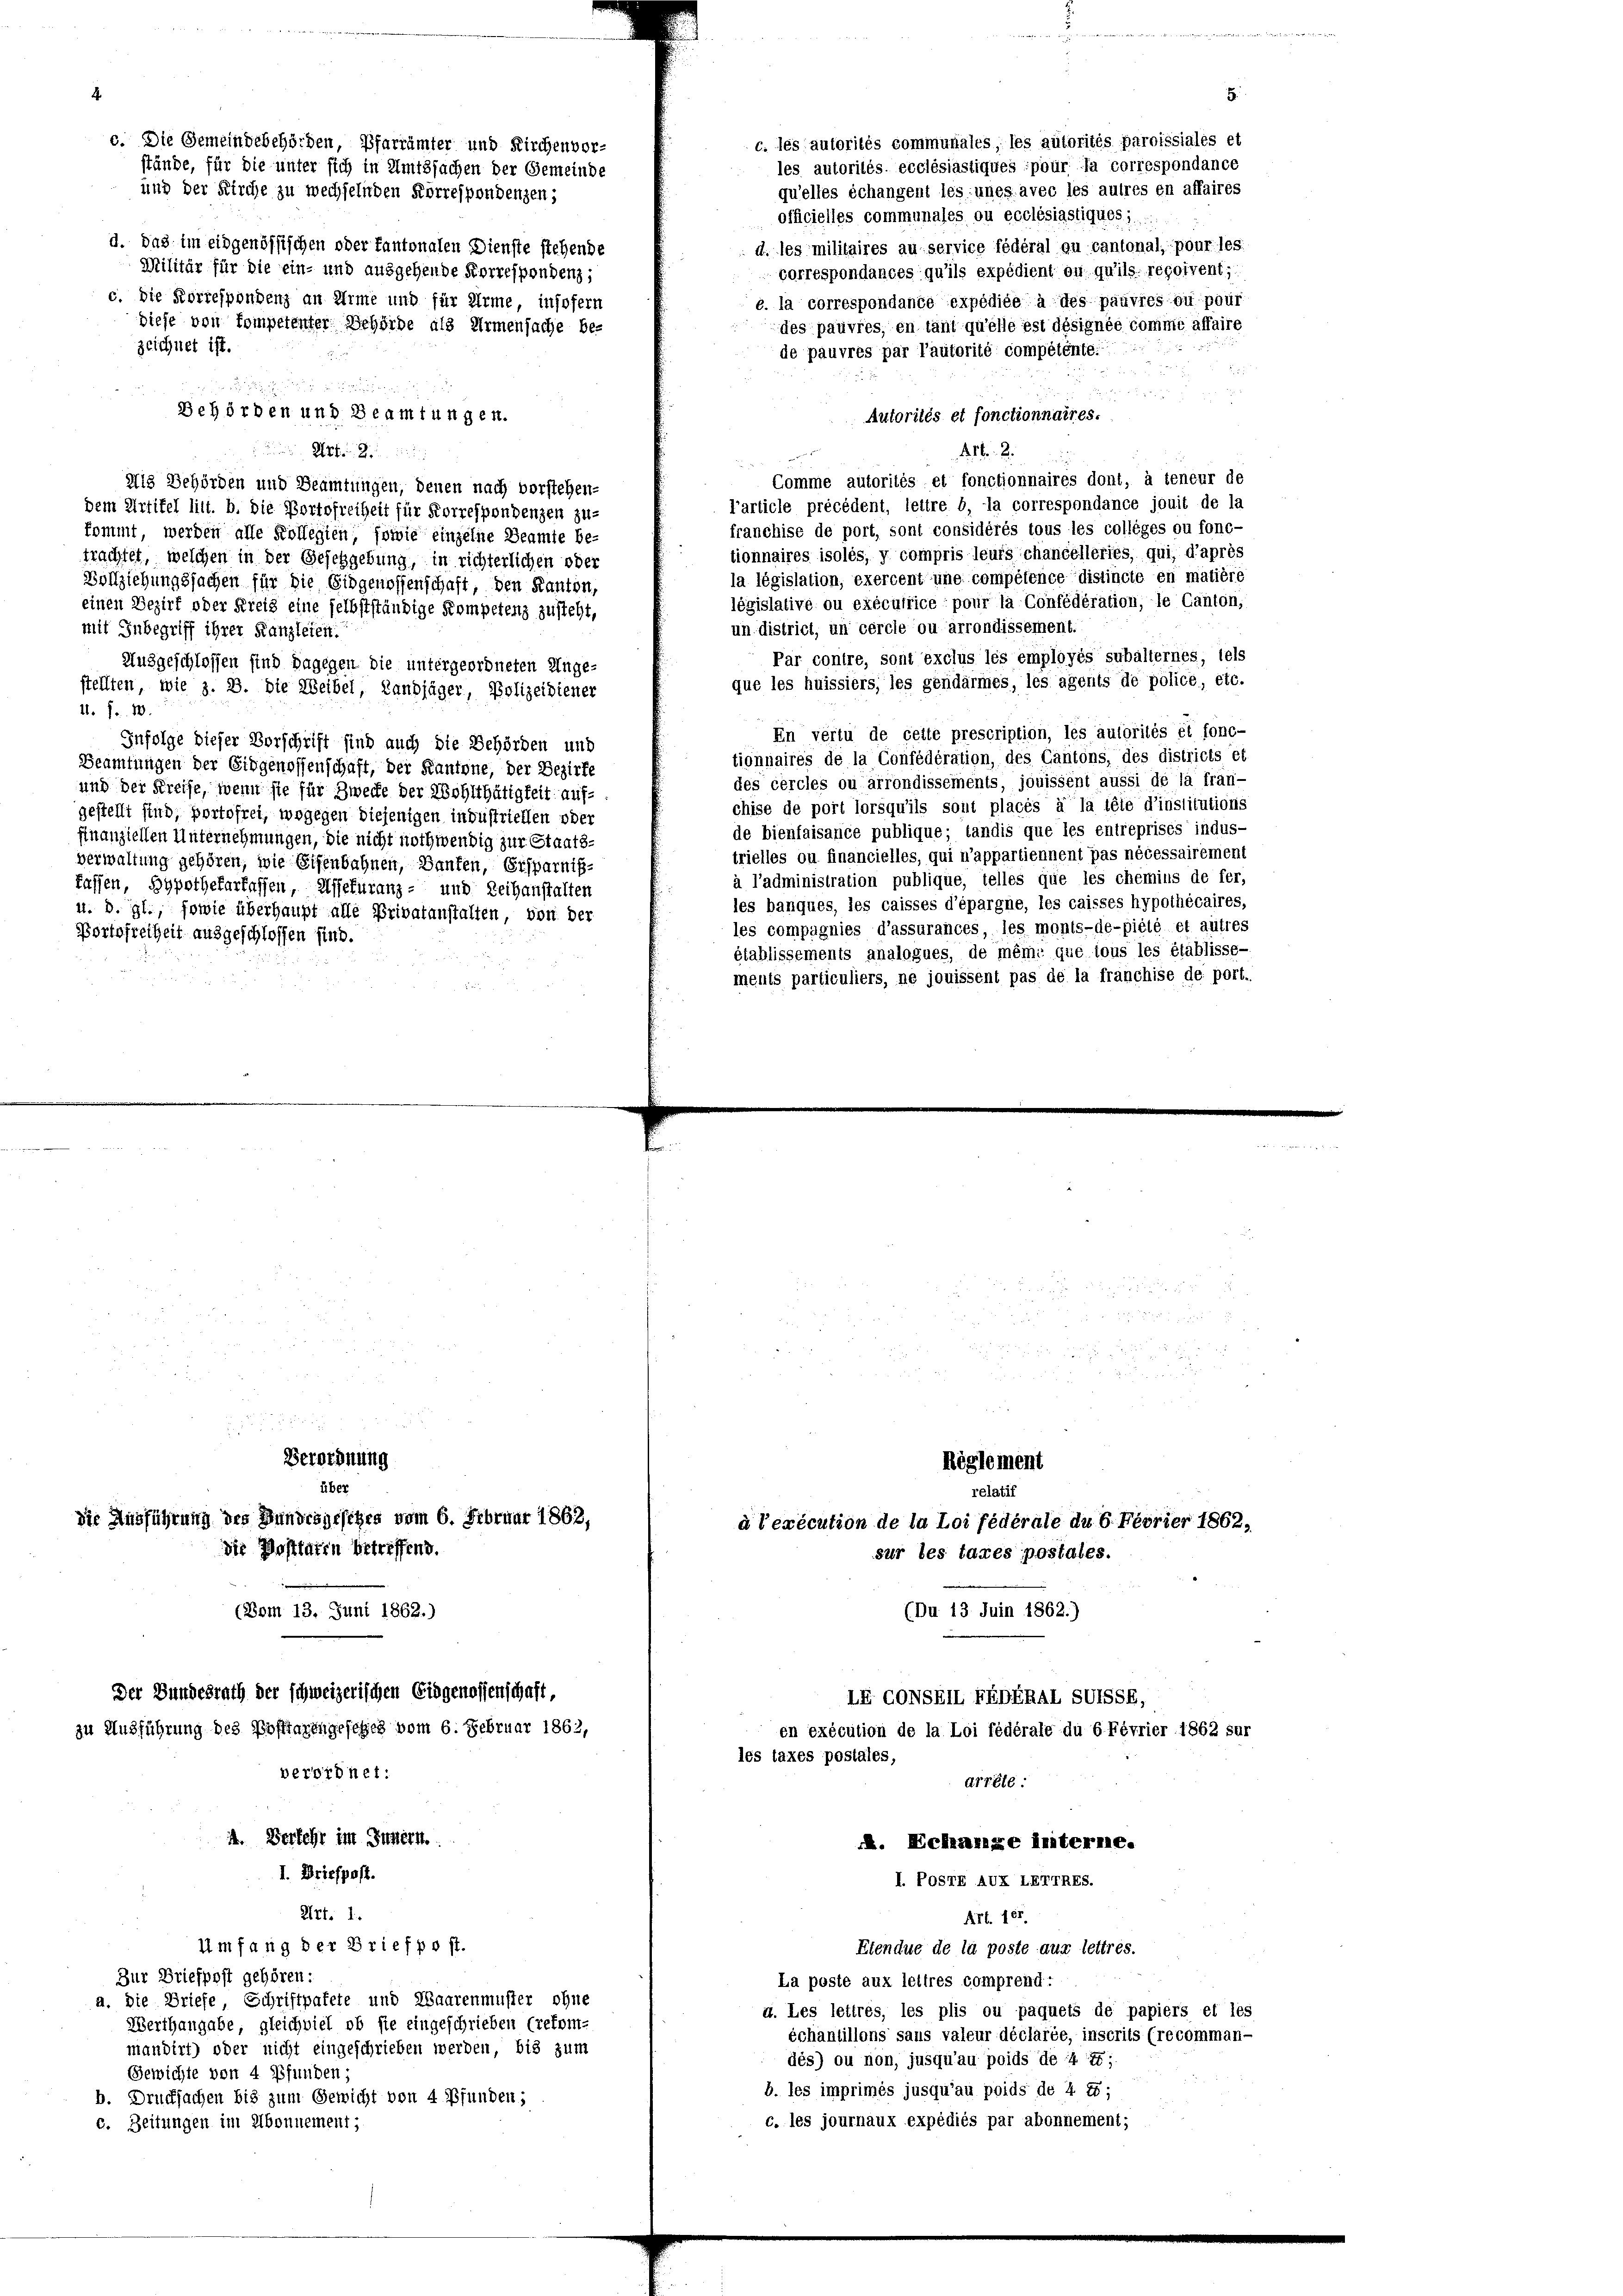
u
Behörden und Beamtungen.
 Reben den mit
Als Behörden und Beamtungen, denen nach vorstehen-
dem Artikel litt. b. die Portofreiheit für Korrespondenzen zu-
kommt werden alle Kollegien, sowie einzelne Beamte be
trachtet, welchen in der Gesetzgebung, in richterlichen oder
Vollziehungssach
i. Die Eidgenossenschaft, den Kanton,
einen Bezirk oder
ine selbstständige Kompetenz zusteht,
mit Inbegriff ihrer Kanzleien.
Ausgeschlossen sind dagegen die untergeordneten Ange-
stellten, wie z. B. die Weibel, Landjäger, Polizeidiener
41. f. 10.
Infolge dieser Vorschrift sind auch die Behörden und
Beamtungen der Eidgenossenschaft, der Kantone, der Bezirke
und der Kreise, wenn sie für Zwecke der Wohlthätigkeit aufgestellt sind, portofrei, wogegen diejenigen industriellen oder
finanziellen Unternehmungen, die nicht nothwendig zur Staats-
verwaltung gehören, wie Eisenbahnen, Banken, Ersparniß-
fassen, Hypothekarkassen, Assekuranz- und Reihanstalten
u. d. gl., sowie überhaupt alle Privatanstalten, von der
Portofreiheit ausgeschlossen sind.

c. Die Gemeindebehörden, Pfarrämter und Kirchenvor-
stände, für die unter sich in Amtssachen der Gemeinde
und der Kirche zu wechselnden Korrespondenzen,
d. Das im eidgenössischen oder fantonalen Dienste stehende
Militär für die ein- und ausgehende Korrespendenz,
c. Die Korrespondenz an Arme und für Arme, insofern
diese von Kompetenter Behörde als Armensache be-
zeichnet ist

Verordnung
über
Die Ausführung des Bundesgesetzes vom 6. Februar 1862,
die Posttaten betreffend.
(Bom 13. Juni 1862.)
Der Bundesrath der schweizerischen Eidgenossenschaft,
zu Ausführung des Posttarengesetzes vom 6. Februar 1862,
verordnet:
4. Verkehr im Innern.

Art. 1.

I. Briefpost.

Umfang der Briefpost.
Zur Briefpost gehören:
a. Die Briefe Schriftpakete und Waarenmuster ohne
Werthangabe, gleichviel ob sie eingeschrieben (refom-
mandirt) oder nicht eingeschrieben werden, bis zum
Gewichte von 4 Pfunden
b. Drucksachen bis zum Gewicht von 4 Pfunden,
c. Zeitungen im Abonnement;

des pauvres, en tant qu’elle est désignée comme affaire
de pauvres par l’autorité compétente.
u
n
 2

Autorités et fonctionnaires.
2
Comme autorités et fonctionnaires dont, à teneur de
Particle précédent, leitre b, la correspondance jouit de la
franchise de port, sont considérés tous les colleges ou fonc-
tionnaires isolés, y compris leurs chancelleries, qui, d’après
la législation, exercent une compétence distincte en matière
législative ou exécutrice, pour la Confédération, le Canton,
un. district, un cercle ou arrondissement.
Par contre, sont exclus les employés subalternes, tels
que les huissiers, les gendarmes, les agents de police, etc.
En vertu de cette prescription, les autorités et fonc-
tionnaires de la Confédération, des Cantons, des districts et
des cercles ou arrondissements, jouissent aussi de la frän-
chise de port lorsqu’ils sont placés à la tête d’institutions
de bienfaisance publique tandis que les entreprises indus-
trielles ou financielles, qui n’appartiennent pas nécessairement
à l’administration publique, telles que les chemins de fer,
les banques, les caisses d’épargne, les caisses hypothécaires,
les compagnies d’assurances, les monts-de-piélé et autres
établissements analogues, de même que tous les établisse-
ments particuliers, ne jouissent pas de la franchise de port.

c. les autorités communales, les autorités paroissiales et
les autorités ecclésiastiques pour la correspondance
qu’elles échangent les unes avec les autres en affaires
officielles communales ou ecclésiastiques;
 d. les militaires au service fédéral au cantonal, pour les
porrespondances qu’ils expédient on qu’ils regoivent;
e. la correspondancé expédiée à des pauvres ou pour

Röglement
relatif
à l’exécution de la loi fédérale du 6. Ferier 1862,
sur les taxes postales.
(Du 13 Juin 1862.)
LF CONSRIL EEDERAL SUISSE,
en exécution de la Loi fédérale du 6 Février 1862 sur
les taxes postales,
drrêté
A. Echange interne.

I. POSTE AUX LETTRES.

E

Art. 161
Etendue de la poste aux lettres.
La poste aux lettres comprend:
4. Les lettres, les plis ou paquets de papiers et les
échantillons sans valeur déclarée, inscrits (recomman-
dés) ou non, jusqu’au poids de 4 7;
b. les imprimés jusqu’au poids de 4. 1;
c. les journaux expédiés par abonnement;